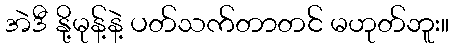
အဲဒီ နို့မုန့်နဲ့ ပတ်သက်တာတင် မဟုတ်ဘူး။